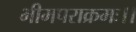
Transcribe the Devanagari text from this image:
भीमपराक्रमः।।